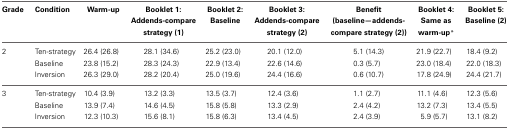
<table><thead><tr><td><b>Grade</b></td><td><b>Condition</b></td><td><b>Warm-up</b></td><td><b>Booklet 1:</b></td><td><b>Booklet 2:</b></td><td><b>Booklet 3:</b></td><td><b>Benefit</b></td><td><b>Booklet 4:</b></td><td><b>Booklet 5:</b></td></tr><tr><td></td><td></td><td></td><td><b>Addends-compare</b></td><td><b>Baseline</b></td><td><b>Addends-compare</b></td><td><b>(baseline—addends-</b></td><td><b>Same as</b></td><td><b>Baseline (2)</b></td></tr><tr><td></td><td></td><td></td><td><b>strategy (1)</b></td><td></td><td><b>strategy (2)</b></td><td><b>compare strategy (2))</b></td><td><b>warm-up*</b></td><td></td></tr></thead><tbody><tr><td>2</td><td>Ten-strategy</td><td>26.4 (26.8)</td><td>28.1 (34.6)</td><td>25.2 (23.0)</td><td>20.1 (12.0)</td><td>5.1 (14.3)</td><td>21.9 (22.7)</td><td>18.4 (9.2)</td></tr><tr><td></td><td>Baseline</td><td>23.8 (15.2)</td><td>28.3 (24.3)</td><td>22.9 (13.4)</td><td>22.6 (14.6)</td><td>0.3 (5.7)</td><td>23.0 (18.4)</td><td>22.0 (18.3)</td></tr><tr><td></td><td>Inversion</td><td>26.3 (29.0)</td><td>28.2 (20.4)</td><td>25.0 (19.6)</td><td>24.4 (16.6)</td><td>0.6 (10.7)</td><td>17.8 (24.9)</td><td>24.4 (21.7)</td></tr><tr><td>3</td><td>Ten-strategy</td><td>10.4 (3.9)</td><td>13.2 (3.3)</td><td>13.5 (3.7)</td><td>12.4 (3.6)</td><td>1.1 (2.7)</td><td>11.1 (4.6)</td><td>12.3 (5.6)</td></tr><tr><td></td><td>Baseline</td><td>13.9 (7.4)</td><td>14.6 (4.5)</td><td>15.8 (5.8)</td><td>13.3 (2.9)</td><td>2.4 (4.2)</td><td>13.2 (7.3)</td><td>13.4 (5.5)</td></tr><tr><td></td><td>Inversion</td><td>12.3 (10.3)</td><td>15.6 (8.1)</td><td>15.8 (6.3)</td><td>13.4 (4.5)</td><td>2.4 (3.9)</td><td>5.9 (5.7)</td><td>13.1 (8.2)</td></tr></tbody></table>